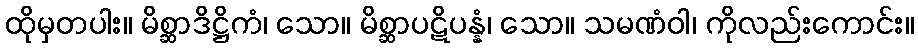
ထိုမှတပါး။ မိစ္ဆာဒိဋ္ဌိကံ၊ သော။ မိစ္ဆာပဋိပန္နံ၊ သော။ သမဏံဝါ၊ ကိုလည်းကောင်း။